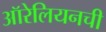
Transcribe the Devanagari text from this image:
ऑरेलियनची